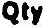
QTY